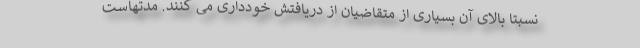
نسبتا بالای آن بسیاری از متقاضیان از دریافتش خودداری می کنند. مدتهاست